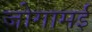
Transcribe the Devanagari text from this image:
जोगामई